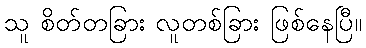
သူ စိတ်တခြား လူတစ်ခြား ဖြစ်နေပြီ။